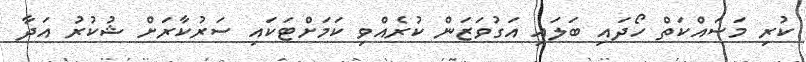
ކުރި މަސައްކަތް ހޯދައި ބަލައި އަގުވަޒަން ކުރެއްވި ކަމަށްޓަކައި ސަރުކާރަށް ޝުކުރު އަދާ